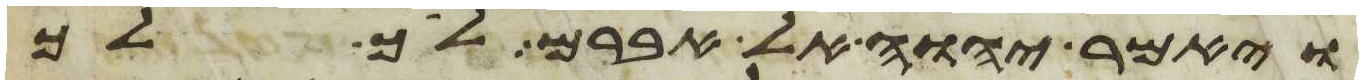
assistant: ויאמר יהוה אל אברם לך לך